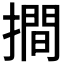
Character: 𢵧